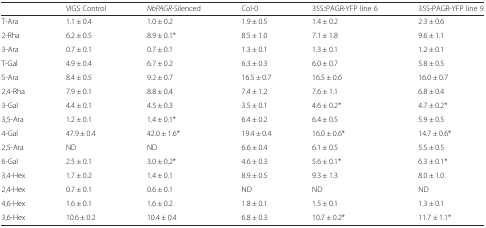
<table><thead><tr><td></td><td><b>VIGS Control</b></td><td><b><i>NbPAGR</i>-Silenced</b></td><td><b>Col-0</b></td><td><b>35S::PAGR-YFP line 6</b></td><td><b>35S-PAGR-YFP line 9</b></td></tr></thead><tbody><tr><td>T-Ara</td><td>1.1 ± 0.4</td><td>1.0 ± 0.2</td><td>1.9 ± 0.5</td><td>1.4 ± 0.2</td><td>2.3 ± 0.6</td></tr><tr><td>2-Rha</td><td>6.2 ± 0.5</td><td>8.9 ± 0.1*</td><td>8.5 ± 1.0</td><td>7.1 ± 1.8</td><td>9.6 ± 1.1</td></tr><tr><td>3-Ara</td><td>0.7 ± 0.1</td><td>0.7 ± 0.1</td><td>1.3 ± 0.1</td><td>1.3 ± 0.1</td><td>1.2 ± 0.1</td></tr><tr><td>T-Gal</td><td>4.9 ± 0.4</td><td>6.7 ± 0.2</td><td>6.3 ± 0.3</td><td>6.0 ± 0.7</td><td>5.8 ± 0.5</td></tr><tr><td>5-Ara</td><td>8.4 ± 0.5</td><td>9.2 ± 0.7</td><td>16.5 ± 0.7</td><td>16.5 ± 0.6</td><td>16.0 ± 0.7</td></tr><tr><td>2,4-Rha</td><td>7.9 ± 0.1</td><td>8.8 ± 0.4</td><td>7.4 ± 1.2</td><td>7.6 ± 1.1</td><td>6.8 ± 0.4</td></tr><tr><td>3-Gal</td><td>4.4 ± 0.1</td><td>4.5 ± 0.3</td><td>3.5 ± 0.1</td><td>4.6 ± 0.2*</td><td>4.7 ± 0.2*</td></tr><tr><td>3,5-Ara</td><td>1.2 ± 0.1</td><td>1.4 ± 0.1*</td><td>6.4 ± 0.2</td><td>6.4 ± 0.5</td><td>5.9 ± 0.5</td></tr><tr><td>4-Gal</td><td>47.9 ± 0.4</td><td>42.0 ± 1.6*</td><td>19.4 ± 0.4</td><td>16.0 ± 0.6*</td><td>14.7 ± 0.6*</td></tr><tr><td>2,5-Ara</td><td>ND</td><td>ND</td><td>6.6 ± 0.4</td><td>6.1 ± 0.5</td><td>5.5 ± 0.5</td></tr><tr><td>6-Gal</td><td>2.5 ± 0.1</td><td>3.0 ± 0.2*</td><td>4.6 ± 0.3</td><td>5.6 ± 0.1*</td><td>6.3 ± 0.1*</td></tr><tr><td>3,4-Hex</td><td>1.7 ± 0.2</td><td>1.4 ± 0.1</td><td>8.9 ± 0.5</td><td>9.3 ± 1.3</td><td>8.0 ± 1.0</td></tr><tr><td>2,4-Hex</td><td>0.7 ± 0.1</td><td>0.6 ± 0.1</td><td>ND</td><td>ND</td><td>ND</td></tr><tr><td>4,6-Hex</td><td>1.6 ± 0.1</td><td>1.6 ± 0.2</td><td>1.8 ± 0.1</td><td>1.5 ± 0.1</td><td>1.3 ± 0.1</td></tr><tr><td>3,6-Hex</td><td>10.6 ± 0.2</td><td>10.4 ± 0.4</td><td>6.8 ± 0.3</td><td>10.7 ± 0.2*</td><td>11.7 ± 1.1*</td></tr></tbody></table>